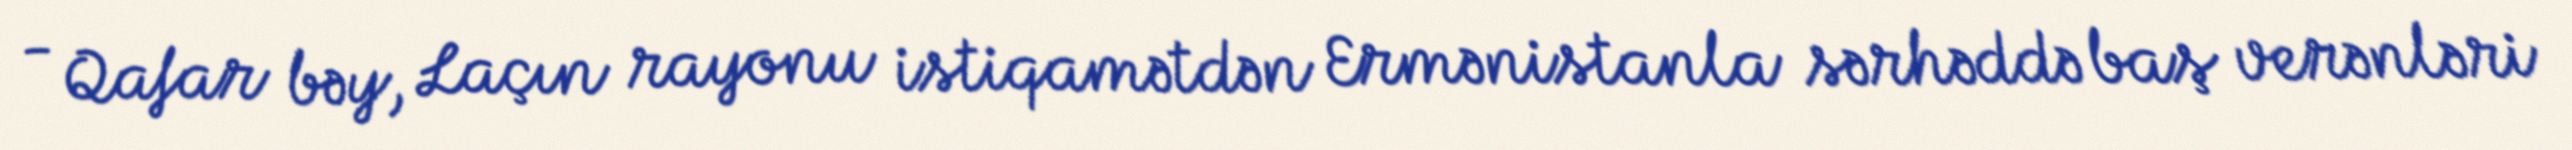
- Qafar bəy, Laçın rayonu istiqamətdən Ermənistanla sərhəddə baş verənləri